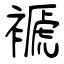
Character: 禠